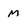
Character: M